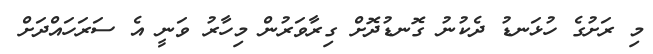
މި ރަށުގެ ހުޅަނޑު ދެކުނު ގޮނޑުދޮށް ގިރާވަރުން މިހާރު ވަނީ އެ ސަރަހައްދަށް